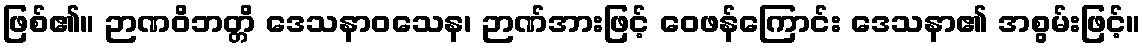
ဖြစ်၏။ ဉာဏဝိဘတ္တိ ဒေသနာဝသေန၊ ဉာဏ်အားဖြင့် ဝေဖန်ကြောင်း ဒေသနာ၏ အစွမ်းဖြင့်။